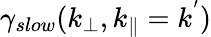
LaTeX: \gamma_{slow}(k_{\perp},k_{\parallel}=k^{'})